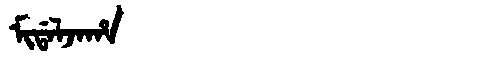
Manchu: ᠮᡳᡩᠠᠯᠵᠠᡥᠠ
Romanization: MIDALJAHA